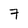
Character: 7